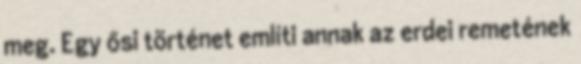
meg. Egy ősi történet említi annak az erdei remetének